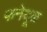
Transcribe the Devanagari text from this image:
फनेयूळ